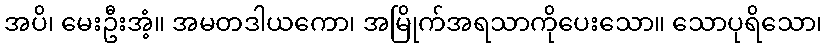
အပိ၊ မေးဦးအံ့။ အမတဒါယကော၊ အမြိုက်အရသာကိုပေးသော။ သောပုရိသော၊